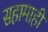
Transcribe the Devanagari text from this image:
सहामाही